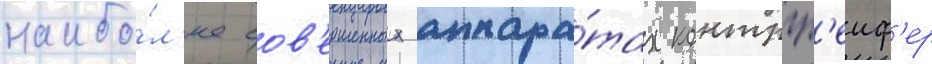
наибо́л'ее сов'ершенных аппара́тах контргр'еиф'ер